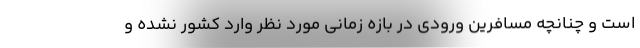
است و چنانچه مسافرین ورودی در بازه زمانی مورد نظر وارد کشور نشده و